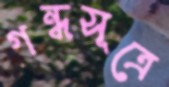
গন্ধসূত্রে